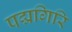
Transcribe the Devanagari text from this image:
पद्मगिरि